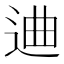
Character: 䢗